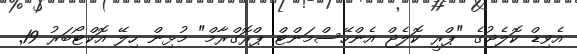
އެވިޑް ކޮލެޖުގެ "ޕްރީ ކޮލެޖް އެންހޭސްމަންޓް ޕްރޮގްރާމް" މުޅިން ހިލޭ އޮކްޓޯބަރު 19